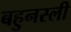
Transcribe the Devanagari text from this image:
बहुनस्ली